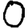
Digit: 0